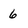
Character: 6